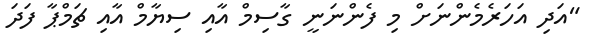
"އަދި އަހަރެމެންނަށް މި ފެންނަނީ ގާސިމް އާއި ސިޔާމް އާއި ޗަމްޕާ ފަދަ